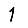
Digit: 1